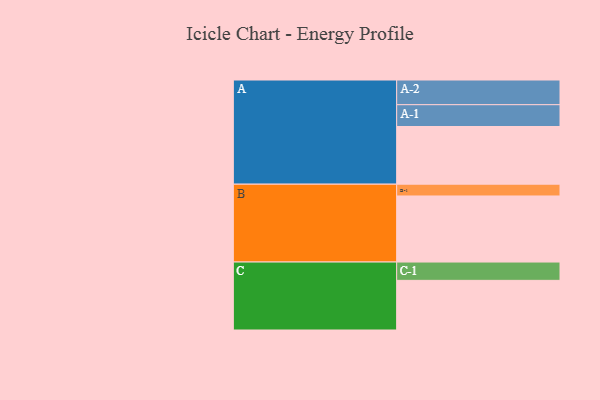
{"axis": {"x": "Segment", "y": "Value"}, "legend": ["", "A", "B", "C"], "data": [{"x": "A", "y": 460, "type": ""}, {"x": "B", "y": 527, "type": ""}, {"x": "C", "y": 396, "type": ""}, {"x": "A-1", "y": 174, "type": "A"}, {"x": "A-2", "y": 197, "type": "A"}, {"x": "B-1", "y": 94, "type": "B"}, {"x": "C-1", "y": 146, "type": "C"}]}